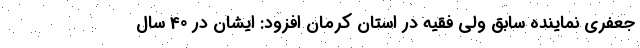
جعفری نماینده سابق ولی فقیه در استان کرمان افزود: ایشان در 40 سال